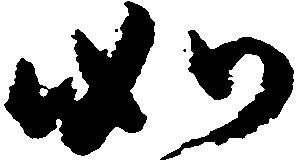
如